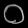
Digit: ၀